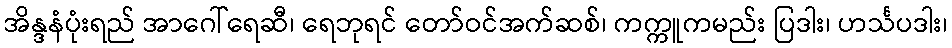
အိန္ဒနံပုံးရည် အာဂေါ်ရေဆီ၊ ရေဘုရင် တော်ဝင်အက်ဆစ်၊ ကက္ကူကမည်း ပြဒါး၊ ဟင်္သပဒါး၊